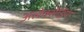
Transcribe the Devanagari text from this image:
अलेक्सेंड्रिया